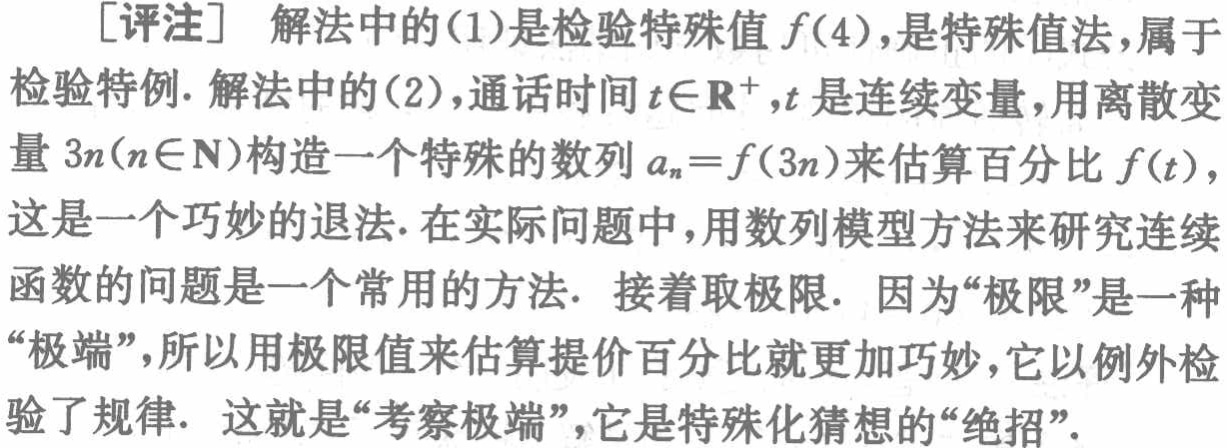
[评注] 解法中的(1)是检验特殊值 \(f(4)\)，是特殊值法，属于检验特例. 解法中的(2)，通话时间 \(t\in\mathbb{R}^{+}\)，\(t\) 是连续变量，用离散变量 \(3n(n\in\mathbb{N})\)构造一个特殊的数列 \(a_{n}=f(3n)\)来估算百分比 \(f(t)\)，这是一个巧妙的退法. 在实际问题中，用数列模型方法来研究连续函数的问题是一个常用的方法. 接着取极限. 因为“极限”是一种“极端”，所以用极限值来估算提价百分比就更加巧妙，它以例外检验了规律. 这就是“考察极端”，它是特殊化猜想的“绝招”.